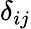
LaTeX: \delta_{ij}